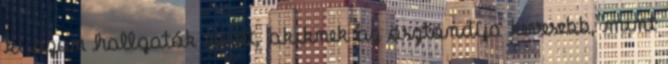
ki azon hallgatók nevét, akiknek az ösztöndíja kevesebb, mint